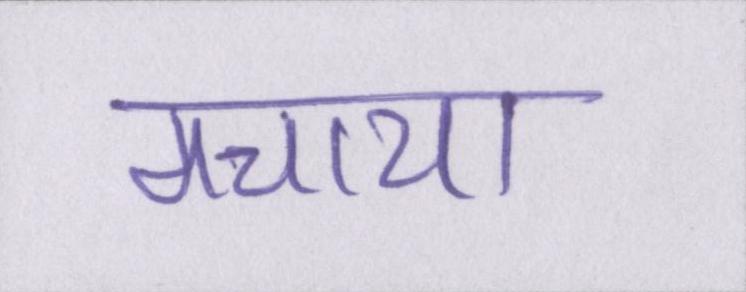
मचाया